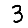
Digit: 3